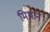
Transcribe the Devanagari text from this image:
मिथान